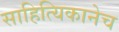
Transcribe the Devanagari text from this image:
साहित्यिकानेच